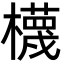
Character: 櫗